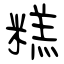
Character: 糕